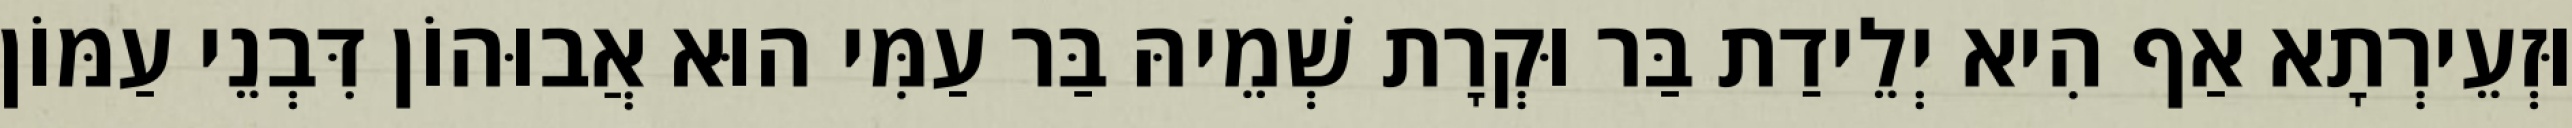
וּזְעֵירְתָא אַף הִיא יְלֵידַת בַּר וּקְרָת שְׁמֵיהּ בַּר עַמִּי הוּא אֲבוּהוֹן דִּבְנֵי עַמּוֹן